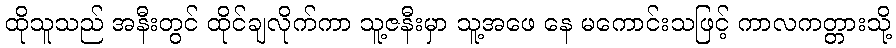
ထိုသူသည် အနီးတွင် ထိုင်ချလိုက်ကာ သူ့ဇနီးမှာ သူ့အဖေ နေ မကောင်းသဖြင့် ကာလကတ္တားသို့